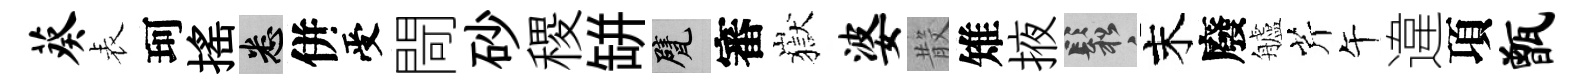
葵表珂揺悉併受閜砂稷缾甓審嶽婆𣪚雉掖鬆末廢艫芹午違項甑